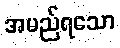
အမည်ရသော